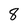
Character: 8